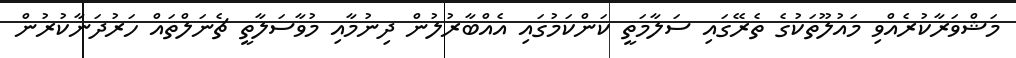
މަޝްވަރާކުރެއްވި މައުލޫތަކުގެ ތެރޭގައި ސަލާމަތީ ކަންކަމުގައި އެއްބާރުލުން ދިނުމާއި މުވާސަލާތީ ޗެނަލްތައް ހަރުދަނާކުރުން